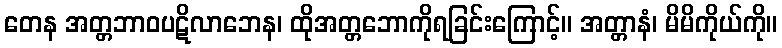
တေန အတ္တဘာဝပဋိလာဘေန၊ ထိုအတ္တဘောကိုရခြင်းကြောင့်။ အတ္တာနံ၊ မိမိကိုယ်ကို။